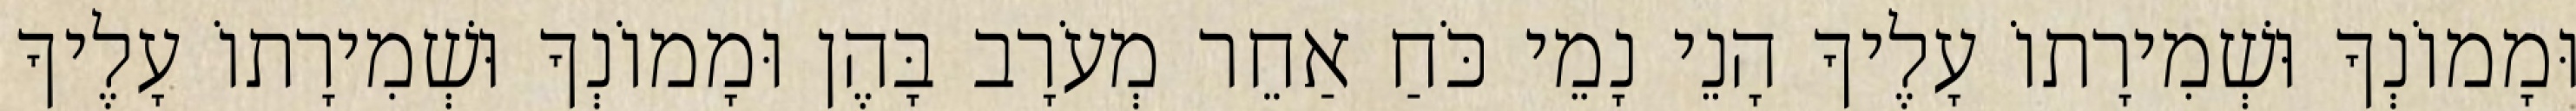
וּמָמוֹנְךָ וּשְׁמִירָתוֹ עָלֶיךָ הָנֵי נָמֵי כֹּחַ אַחֵר מְעֹרָב בָּהֶן וּמָמוֹנְךָ וּשְׁמִירָתוֹ עָלֶיךָ